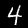
Label: 4